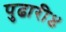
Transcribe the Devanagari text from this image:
पुढारी४